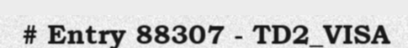
# Entry 88307 - TD2_VISA